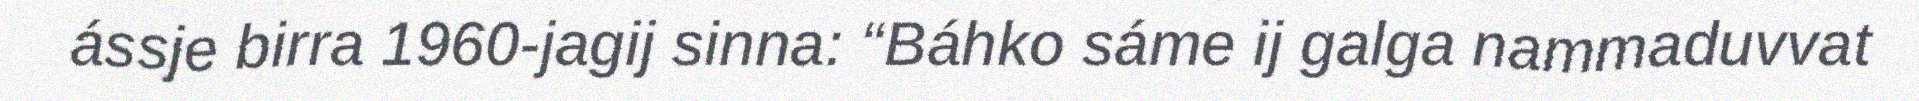
ássje birra 1960-jagij sinna: “Báhko sáme ij galga nammaduvvat